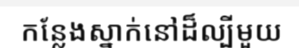
កន្លែងស្នាក់នៅដ៏ល្បីមួយ